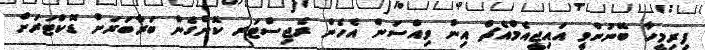
ފިރިމީހާ ބޭނުންވީ އައިޖީއެމްއެޗް އިން ވިއްސަން އެހެން ރެޖިސްޓަރ ކޮށްގެން ބަރާބަރަށް ޑޮކްޓަރަށް